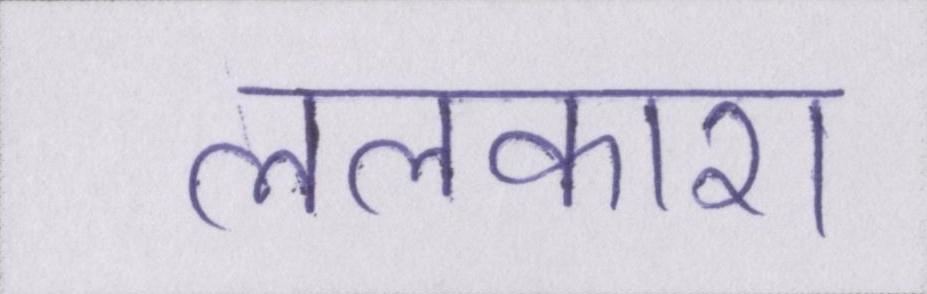
ललकारा